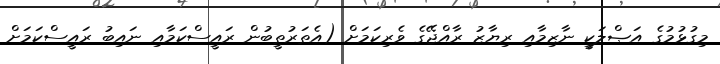
މިގުޅުމުގެ އަޞްލަކީ ނާޒިމާއި ރިޔާޒު ރާއްޖޭގެ ވެރިކަމަށް (އެތަރުތީބުން ރައީސްކަމާއި ނައިބު ރައީސްކަމަށް